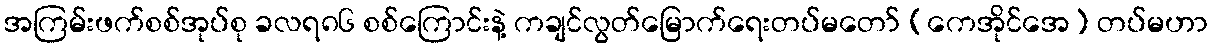
အကြမ်းဖက်စစ်အုပ်စု ခလရ၈၆ စစ်ကြောင်းနဲ့ ကချင်လွတ်မြောက်ရေးတပ်မတော် (ကေအိုင်အေ) တပ်မဟာ